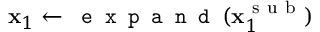
\mathbf { x } _ { 1 } \gets \texttt { e x p a n d } ( \mathbf { x } _ { 1 } ^ { \mathrm { ~ s ~ u ~ b ~ } } )